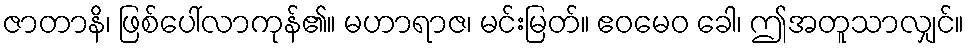
ဇာတာနိ၊ ဖြစ်ပေါ်လာကုန်၏။ မဟာရာဇ၊ မင်းမြတ်။ ဧဝမေဝ ခေါ၊ ဤအတူသာလျှင်။